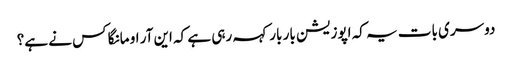
دوسری بات یہ کہ اپوزیشن بار بار کہہ رہی ہے کہ این آر او مانگا کس نے ہے؟